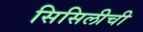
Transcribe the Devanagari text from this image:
सिसिलीची